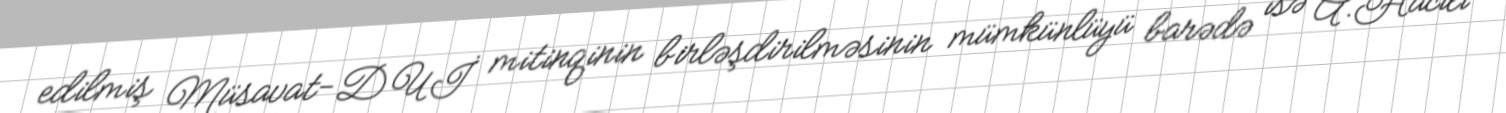
edilmiş Müsavat-DUİ mitinqinin birləşdirilməsinin mümkünlüyü barədə isə A.Hacılı